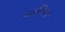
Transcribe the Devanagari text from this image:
ग्लेशियस